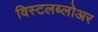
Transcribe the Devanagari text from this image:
विस्टलब्लोअर